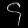
Digit: ၄